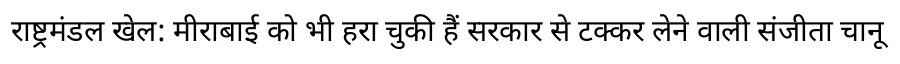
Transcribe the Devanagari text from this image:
राष्ट्रमंडल खेल: मीराबाई को भी हरा चुकी हैं सरकार से टक्कर लेने वाली संजीता चानू